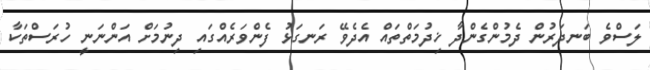
ލަސްވެ ބަނދަރުން ދެމުންގެންދާ ޚިދުމަތްތައް އެދެވޭ ރަނގަޅު ފެންވަރެއްގައި ދިނުމަށް އަންނަނީ ހުރަސްތަކާ